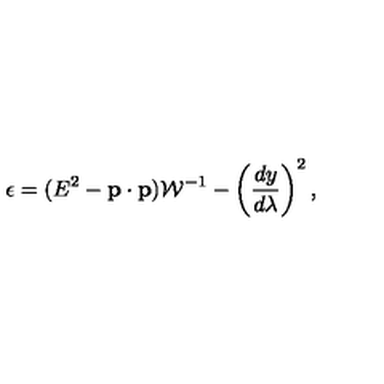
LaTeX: \epsilon = ( E ^ { 2 } - { \bf p } \cdot { \bf p } ) { \cal W } ^ { - 1 } - \left( { \frac { d y } { d \lambda } } \right) ^ { 2 } ,